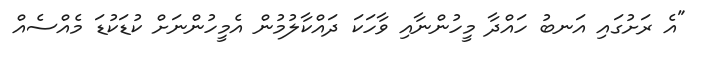
"އެ ރަށުގައި އަނބު ހައްދާ މީހުންނާއި ވާހަކަ ދައްކާލުމުން އެމީހުންނަށް ކުޑަކުޑަ މެއްސެއް